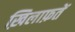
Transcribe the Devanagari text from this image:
ख़िलाफ़तें